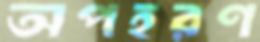
অপহরণ